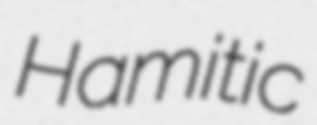
Hamitic